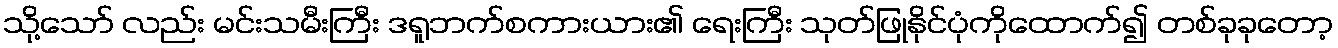
သို့သော် လည်း မင်းသမီးကြီး ဒရူဘက်စကားယား၏ ရေးကြီး သုတ်ဖြုနိုင်ပုံကိုထောက်၍ တစ်ခုခုတော့